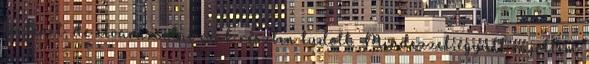
történet, de elvarázsolni csak részben tudott. Mindezzel együtt rájöttem